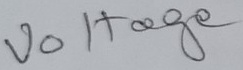
Text: Voltage